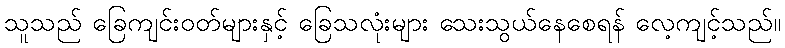
သူသည် ခြေကျင်းဝတ်များနှင့် ခြေသလုံးများ သေးသွယ်နေစေရန် လေ့ကျင့်သည်။